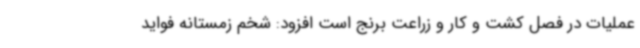
عملیات در فصل کشت و کار و زراعت برنج است افزود: شخم زمستانه فواید